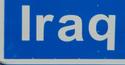
iraq